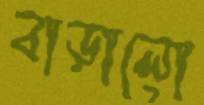
বাড়ালো